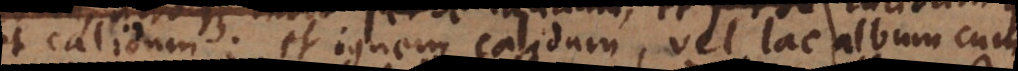
modo; et ignem calidum, vel lac album cum